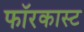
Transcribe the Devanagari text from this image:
फॉरकास्ट